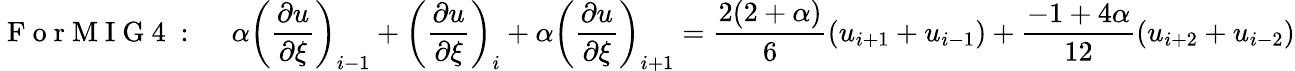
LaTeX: \mathrm{~F~o~r~M~I~G~4~:~}\quad\alpha\left(\frac{\partial u}{\partial\xi}\right)_{i-1}+\left(\frac{\partial u}{\partial\xi}\right)_{i}+\alpha\left(\frac{\partial u}{\partial\xi}\right)_{i+1}=\frac{2(2+\alpha)}{6}\left(u_{i+1}+u_{i-1}\right)+\frac{-1+4\alpha}{12}\left(u_{i+2}+u_{i-2}\right)